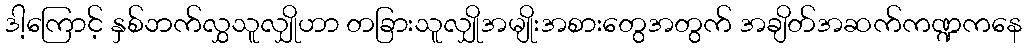
ဒါ့ကြောင့် နှစ်ဘက်လွှသူလျှိုဟာ တခြားသူလျှိုအမျိုးအစားတွေအတွက် အချိတ်အဆက်ကဏ္ဍကနေ